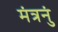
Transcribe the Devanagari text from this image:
मंत्रनुं